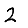
Digit: 2